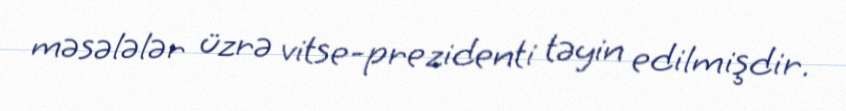
məsələlər üzrə vitse-prezidenti təyin edilmişdir.